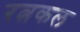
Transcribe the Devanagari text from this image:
रत्नकल